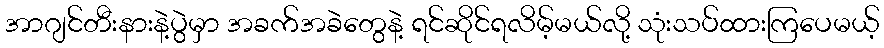
အာဂျင်တီးနားနဲ့ပွဲမှာ အခက်အခဲတွေနဲ့ ရင်ဆိုင်ရလိမ့်မယ်လို့ သုံးသပ်ထားကြပေမယ့်